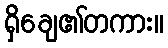
ရှိချေ၏တကား။